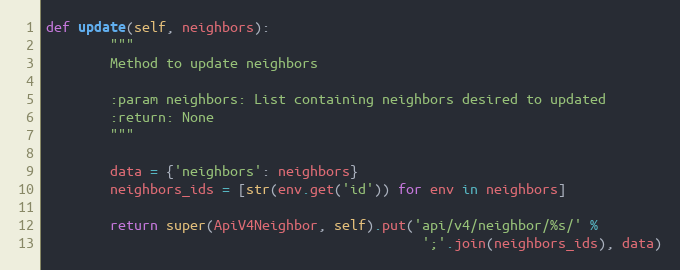
Language: Python
def update(self, neighbors):
        """
        Method to update neighbors

        :param neighbors: List containing neighbors desired to updated
        :return: None
        """

        data = {'neighbors': neighbors}
        neighbors_ids = [str(env.get('id')) for env in neighbors]

        return super(ApiV4Neighbor, self).put('api/v4/neighbor/%s/' %
                                               ';'.join(neighbors_ids), data)